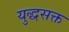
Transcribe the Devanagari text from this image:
युद्धसक्त